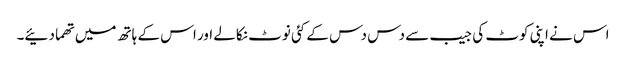
اس نے اپنی کوٹ کی جیب سے دس دس کے کئی نوٹ نکالے اور اس کے ہاتھ میں تھما دئیے۔